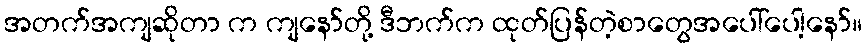
အတက်အကျဆိုတာ က ကျနော်တို့ ဒီဘက်က ထုတ်ပြန်တဲ့စာတွေအပေါ်ပေါ့နော်။